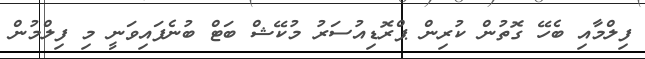
ފިލްމާއި ބެހޭ ގޮތުން ކުރިން ޕްރޮޑިއުސަރު މުކޭޝް ބަޓް ބުނެފައިވަނީ މި ފިލްމުން